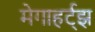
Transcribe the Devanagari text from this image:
मेगाहर्ट्झ